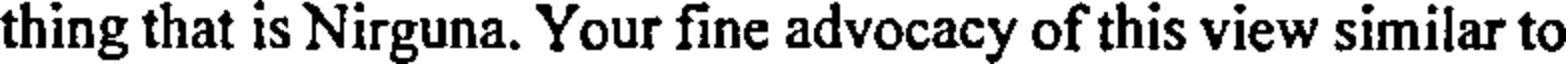
thing that is Nirguna. Your fine advocacy of this view similar to